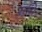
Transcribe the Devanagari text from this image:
रामि